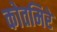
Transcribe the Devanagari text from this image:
कोतमिरे